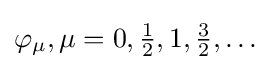
{\textstyle \varphi _{\mu },\mu =0,{\tfrac {1}{2}},1,{\tfrac {3}{2}},\ldots }